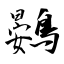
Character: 鷃